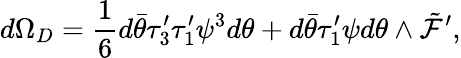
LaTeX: d\Omega_{D}=\frac{1}{6}d\bar{\theta}\tau_{3}^{\prime}\tau_{1}^{\prime}\psi^{3}d\theta+d\bar{\theta}\tau_{1}^{\prime}\psi d\theta\wedge\tilde{\cal F}^{\prime},